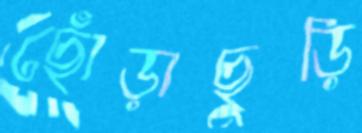
ছোঁড়াছুড়ি